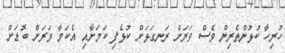
ހުރިހާ ކުޅުންތެރިން ވެސް ވަރަށް ރަނގަޅަށް ކުޅެފި ކަމަށާއި އެކަމާ ވަރަށް ބޮޑަށް